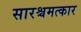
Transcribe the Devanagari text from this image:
सारश्चमत्कार